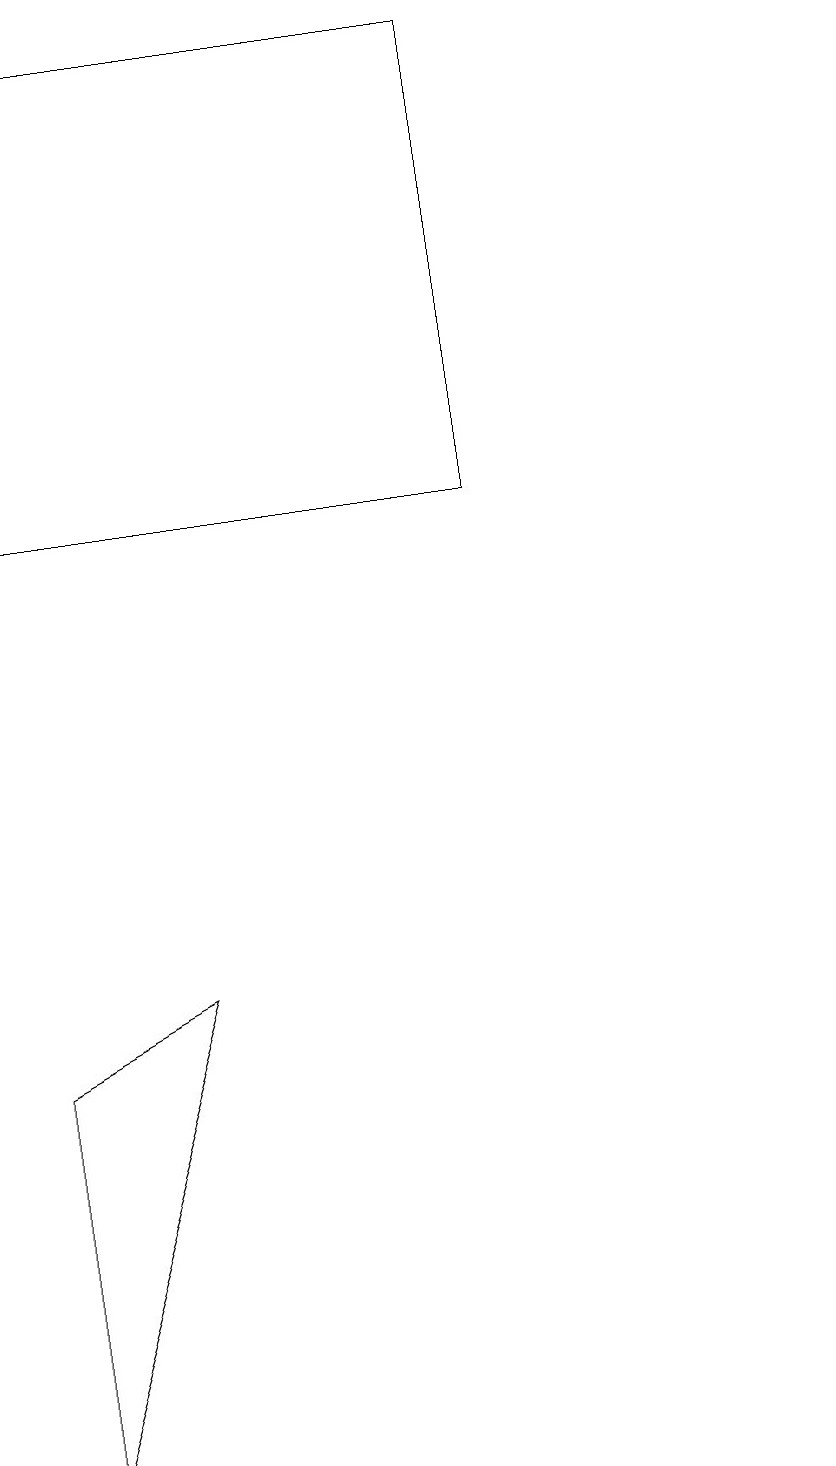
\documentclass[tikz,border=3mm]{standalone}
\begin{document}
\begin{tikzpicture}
\draw (10,11) circle (0);
\draw (0,18) rectangle (6,12);
\draw (2,6) -- (0,0) -- (0,5) -- cycle;
\draw (10,12) circle (0);
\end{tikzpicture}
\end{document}